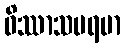
ဝိဿာသပရမာ